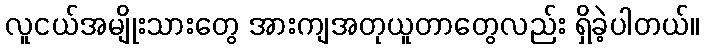
လူငယ်အမျိုးသားတွေ အားကျအတုယူတာတွေလည်း ရှိခဲ့ပါတယ်။